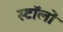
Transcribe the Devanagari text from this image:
स्टॉलों